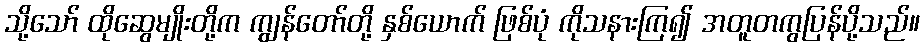
သို့သော် ထိုဆွေမျိုးတို့က ကျွန်တော်တို့ နှစ်ယောက် ဖြစ်ပုံ ကိုသနားကြ၍ အတူတကွပြန်ပို့သည်။